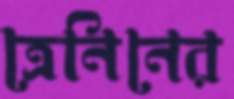
ত্রেনিনের